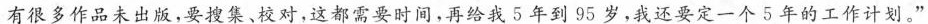
有很多作品未出版，要搜集，校对，这都需要时间，再给我5年到95岁，我还要定一个5年的工作计划。”